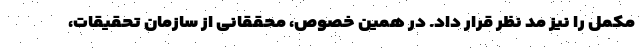
مکمل را نیز مد نظر قرار داد. در همین خصوص، محققانی از سازمان تحقیقات،